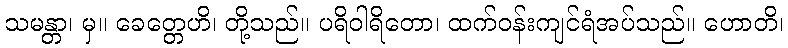
သမန္တာ၊ မှ။ ခေတ္တေဟိ၊ တို့သည်။ ပရိဝါရိတော၊ ထက်ဝန်းကျင်ရံအပ်သည်။ ဟောတိ၊